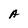
Character: A